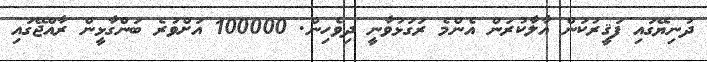
ދުނިޔޭގައި ފަޤީރުކަން އާލާކުރަން އެންމެ ރަގަޅުވާނީ ދިވެހިން. 100000 އަށްވުރެ ބަންގާޅީން ރާއްޖޭގައި